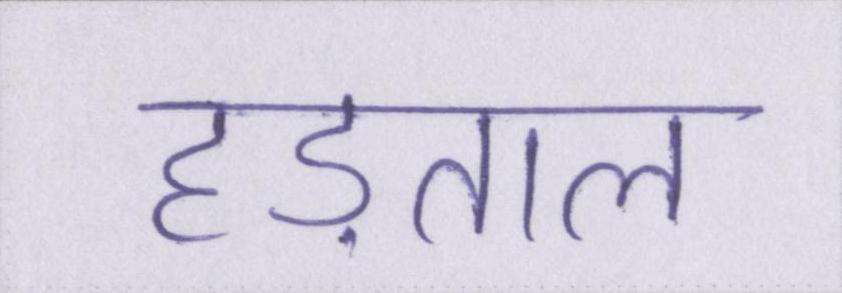
हड़ताल